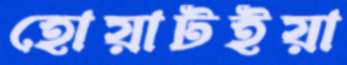
হোয়াটইয়া